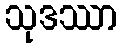
သုဒဿာ